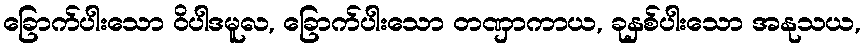
ခြောက်ပါးသော ဝိပါဒမူလ, ခြောက်ပါးသော တဏှာကာယ, ခုနှစ်ပါးသော အနုသယ,